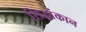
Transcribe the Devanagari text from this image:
सिद्धांकान